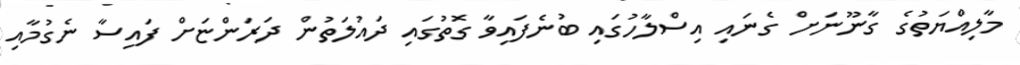
މާލިއްޔަތުގެ ގާނޫނަށް ގެނައި އިސްލާހުގައި ބުނެފައިވާ ގޮތުގައި ދައުލަތުން ދަރަންޏަށް ފައިސާ ނެގުމާއި